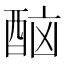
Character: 𨠯